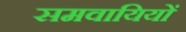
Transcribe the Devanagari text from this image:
समवायियों